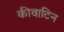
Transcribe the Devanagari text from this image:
कीवाटिन